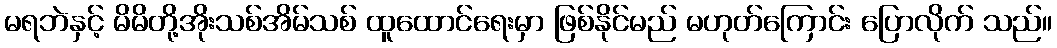
မရဘဲနှင့် မိမိတို့အိုးသစ်အိမ်သစ် ထူထောင်ရေးမှာ ဖြစ်နိုင်မည် မဟုတ်ကြောင်း ပြောလိုက် သည်။